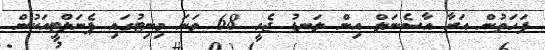
ފަހަތުން އަރާ އާސެނަލް އިން ލަނޑު ޖެހީ 68 ވަނަ މިނިޓުގައި ޕެނަލްޓީއަކުން